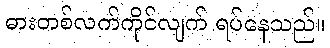
ဓားတစ်လက်ကိုင်လျက် ရပ်နေသည်။